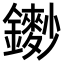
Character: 𨮽